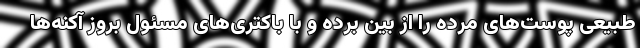
طبیعی پوست‌های مرده را از بین برده و با باکتری‌های مسئول بروز آکنه‌ها